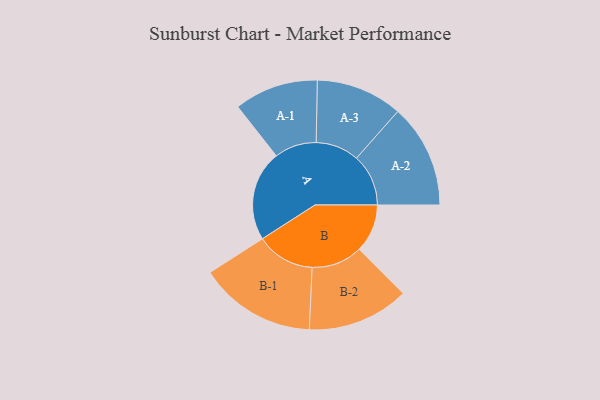
{"axis": {"x": "Segment", "y": "Value"}, "legend": ["", "A", "B"], "data": [{"x": "A", "y": 439, "type": ""}, {"x": "B", "y": 234, "type": ""}, {"x": "A-1", "y": 204, "type": "A"}, {"x": "A-2", "y": 252, "type": "A"}, {"x": "A-3", "y": 210, "type": "A"}, {"x": "B-1", "y": 284, "type": "B"}, {"x": "B-2", "y": 247, "type": "B"}]}